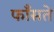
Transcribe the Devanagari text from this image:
फाँसते